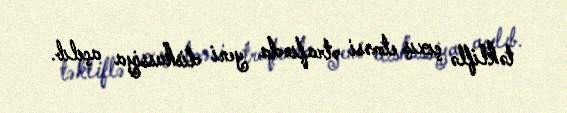
təkliflə çıxış etməsi ətrafında yeni diskussiya açılıb.